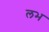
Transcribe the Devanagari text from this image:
लभ